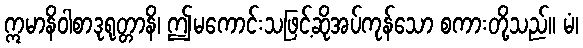
ဣမာနိဝါစာဒုရုတ္တာနိ၊ ဤမကောင်းသဖြင့်ဆိုအပ်ကုန်သော စကားတို့သည်။ မံ၊